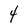
Character: 4